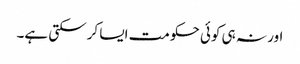
اور نہ ہی کوئی حکومت ایسا کرسکتی ہے۔